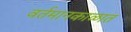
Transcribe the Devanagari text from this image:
वर्तमानकाळात